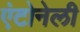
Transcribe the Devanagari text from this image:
एंटोनेली